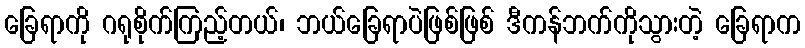
ခြေရာကို ဂရုစိုက်ကြည့်တယ်၊ ဘယ်ခြေရာပဲဖြစ်ဖြစ် ဒီကန်ဘက်ကိုသွားတဲ့ ခြေရာက